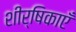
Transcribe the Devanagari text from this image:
शीर्षिकाएँ